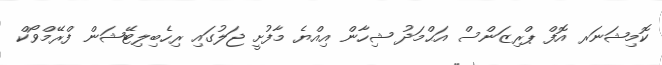
ކޮމިޝަނަރ އޮފް ޕްރިޒަންސް އަޙްމަދު ޝިހާން އިއްޔެ މާފުށީ ޖަލުގައި ރިހެބިލިޓޭޝަން ފްރޭމްވޯކް